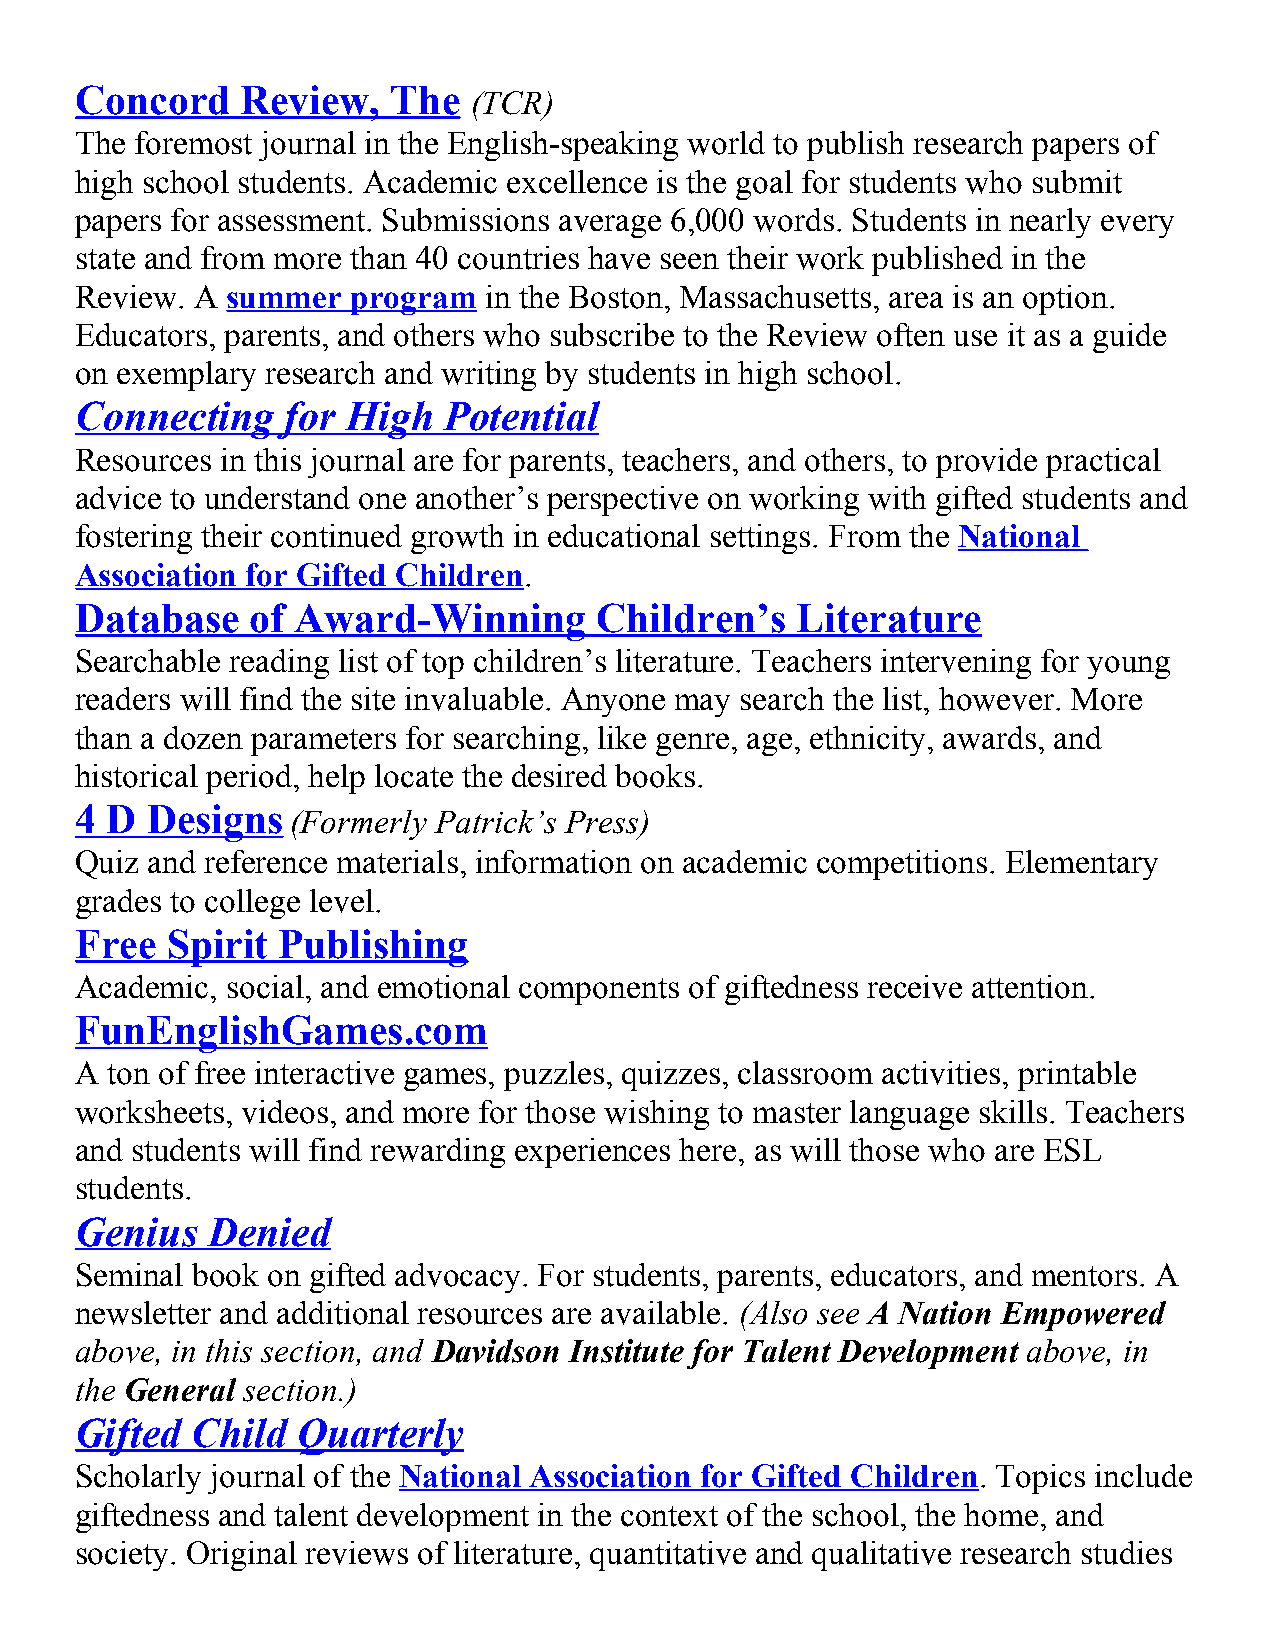
Concord    Review,   The
 (TCR)
 The foremost journal in the English-speaking world to publish research papers of
 high school students. Academic excellence is the goal for students who submit
 papers for assessment. Submissions average 6,000 words. Students in nearly every
 state and from more than 40 countries have seen their work published in the
 Review. A summer  program  in the Boston, Massachusetts, area is an option.
 Educators, parents, and others who subscribe to the Review often use it as a guide
 on exemplary research and writing by students in high school.
 Connecting    for High  Potential
 Resources in this journal are for parents, teachers, and others, to provide practical
 advice to understand one another’s perspective on working with gifted students and
 fostering their continued growth in educational settings. From the National
 Association for Gifted Children.
 Database    of Award-Winning       Children’s   Literature
 Searchable reading list of top children’s literature. Teachers intervening for young
 readers will find the site invaluable. Anyone may search the list, however. More
 than a dozen parameters for searching, like genre, age, ethnicity, awards, and
 historical period, help locate the desired books.
 4 D  Designs
 (Formerly Patrick’s Press)
 Quiz and reference materials, information on academic competitions. Elementary
 grades to college level.
 Free  Spirit Publishing
 Academic, social, and emotional components of giftedness receive attention.
 FunEnglishGames.com
 A ton of free interactive games, puzzles, quizzes, classroom activities, printable
 worksheets, videos, and more for those wishing to master language skills. Teachers
 and students will find rewarding experiences here, as will those who are ESL
 students.
 Genius   Denied
 Seminal book on gifted advocacy. For students, parents, educators, and mentors. A
 newsletter and additional resources are available. (Also see A Nation Empowered
 above, in this section, and Davidson Institute for Talent Development above, in
 the General section.)
 Gifted  Child  Quarterly
 Scholarly journal of the National Association for Gifted Children. Topics include
 giftedness and talent development in the context of the school, the home, and
 society. Original reviews of literature, quantitative and qualitative research studies